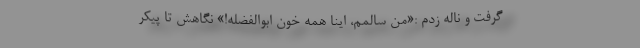
گرفت و ناله زدم :«من سالمم، اینا همه خون ابوالفضله!» نگاهش تا پیکر